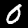
Label: 0